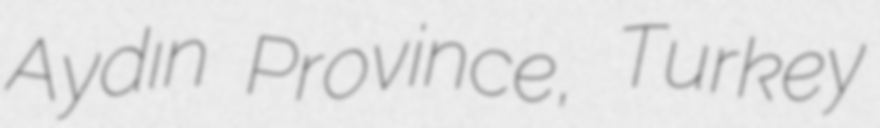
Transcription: Aydın Province, Turkey